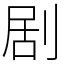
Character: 剧